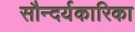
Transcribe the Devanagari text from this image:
सौन्दर्यकारिका